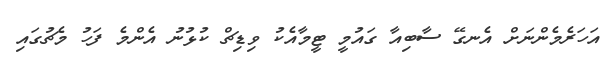
އަހަރެމެންނަށް އެނގޭ ސާބިއާ ގައުމީ ޓީމާއެކު ވިޑިޗް ކުޅުނު އެންމެ ފަހު މެޗުގައި